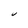
Character: V